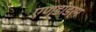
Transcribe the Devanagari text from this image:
एण्डोडर्म